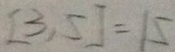
[ 3 , 5 ] = 1 5